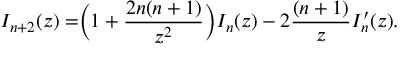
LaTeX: I _ { n + 2 } ( z ) = \Bigr ( 1 + { \frac { 2 n ( n + 1 ) } { z ^ { 2 } } } \Bigr ) I _ { n } ( z ) - 2 { \frac { ( n + 1 ) } { z } } I _ { n } ^ { \prime } ( z ) .